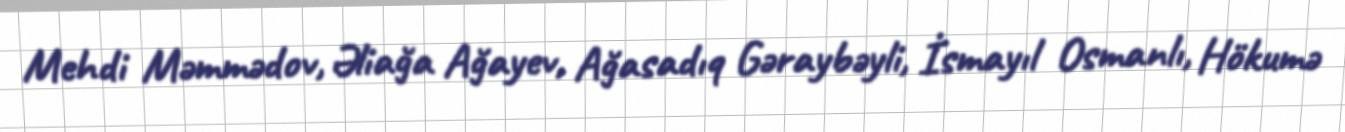
Mehdi Məmmədov, Əliağa Ağayev, Ağasadıq Gəraybəyli, İsmayıl Osmanlı, Hökumə